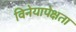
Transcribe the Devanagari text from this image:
विनेयापेक्षता